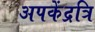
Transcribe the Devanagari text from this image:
अपकेंद्रत्रि